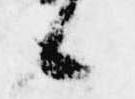
候